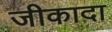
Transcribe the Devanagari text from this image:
जीकादा